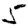
Digit: 5